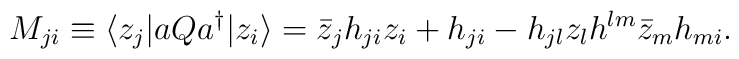
M_{ji}\equiv \langle z_{j}|aQa^{\dagger}| z_{i}\rangle=\bar{z}_{j}h_{ji}z_{i}+h_{ji}-h_{jl}z_{l}h^{lm}\bar{z}_{m}h_{mi}.